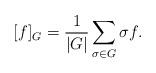
LaTeX: \begin{align*}[f]_G = \frac{1}{|G|} \sum_{\sigma \in G} \sigma f.\end{align*}